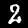
Label: 2